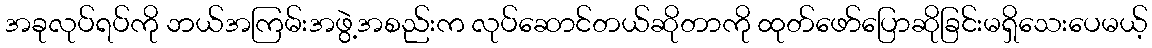
အခုလုပ်ရပ်ကို ဘယ်အကြမ်းအဖွဲ့အစည်းက လုပ်ဆောင်တယ်ဆိုတာကို ထုတ်ဖော်ပြောဆိုခြင်းမရှိသေးပေမယ့်